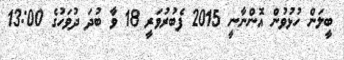
ބީލަން ހުޅުވުން އޮންނާނީ 2015 ފެބުރުވަރީ 18 ވާ ބުދަ ދުވަހުގެ 13:00